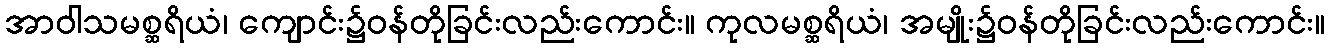
အာဝါသမစ္ဆရိယံ၊ ကျောင်း၌ဝန်တိုခြင်းလည်းကောင်း။ ကုလမစ္ဆရိယံ၊ အမျိုး၌ဝန်တိုခြင်းလည်းကောင်း။